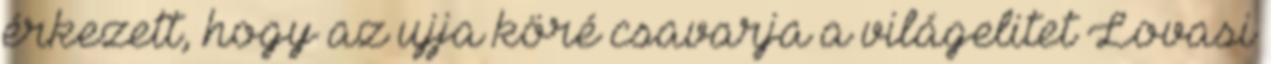
érkezett, hogy az ujja köré csavarja a világelitet Lovasi